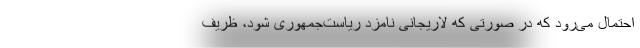
احتمال می‌رود که در صورتی که لاریجانی نامزد ریاست‌جمهوری شود، ظریف